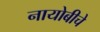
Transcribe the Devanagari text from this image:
नायोबीचे